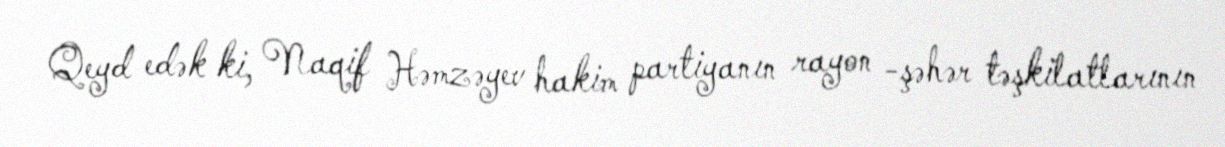
Qeyd edək ki, Naqif Həmzəyev hakim partiyanın rayon -şəhər təşkilatlarının